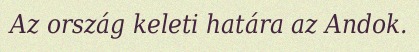
Az ország keleti határa az Andok.